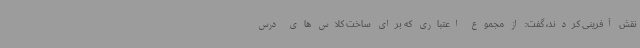
نقش آفرینی کردند، گفت: از مجموع اعتباری که برای ساخت کلاس های درس